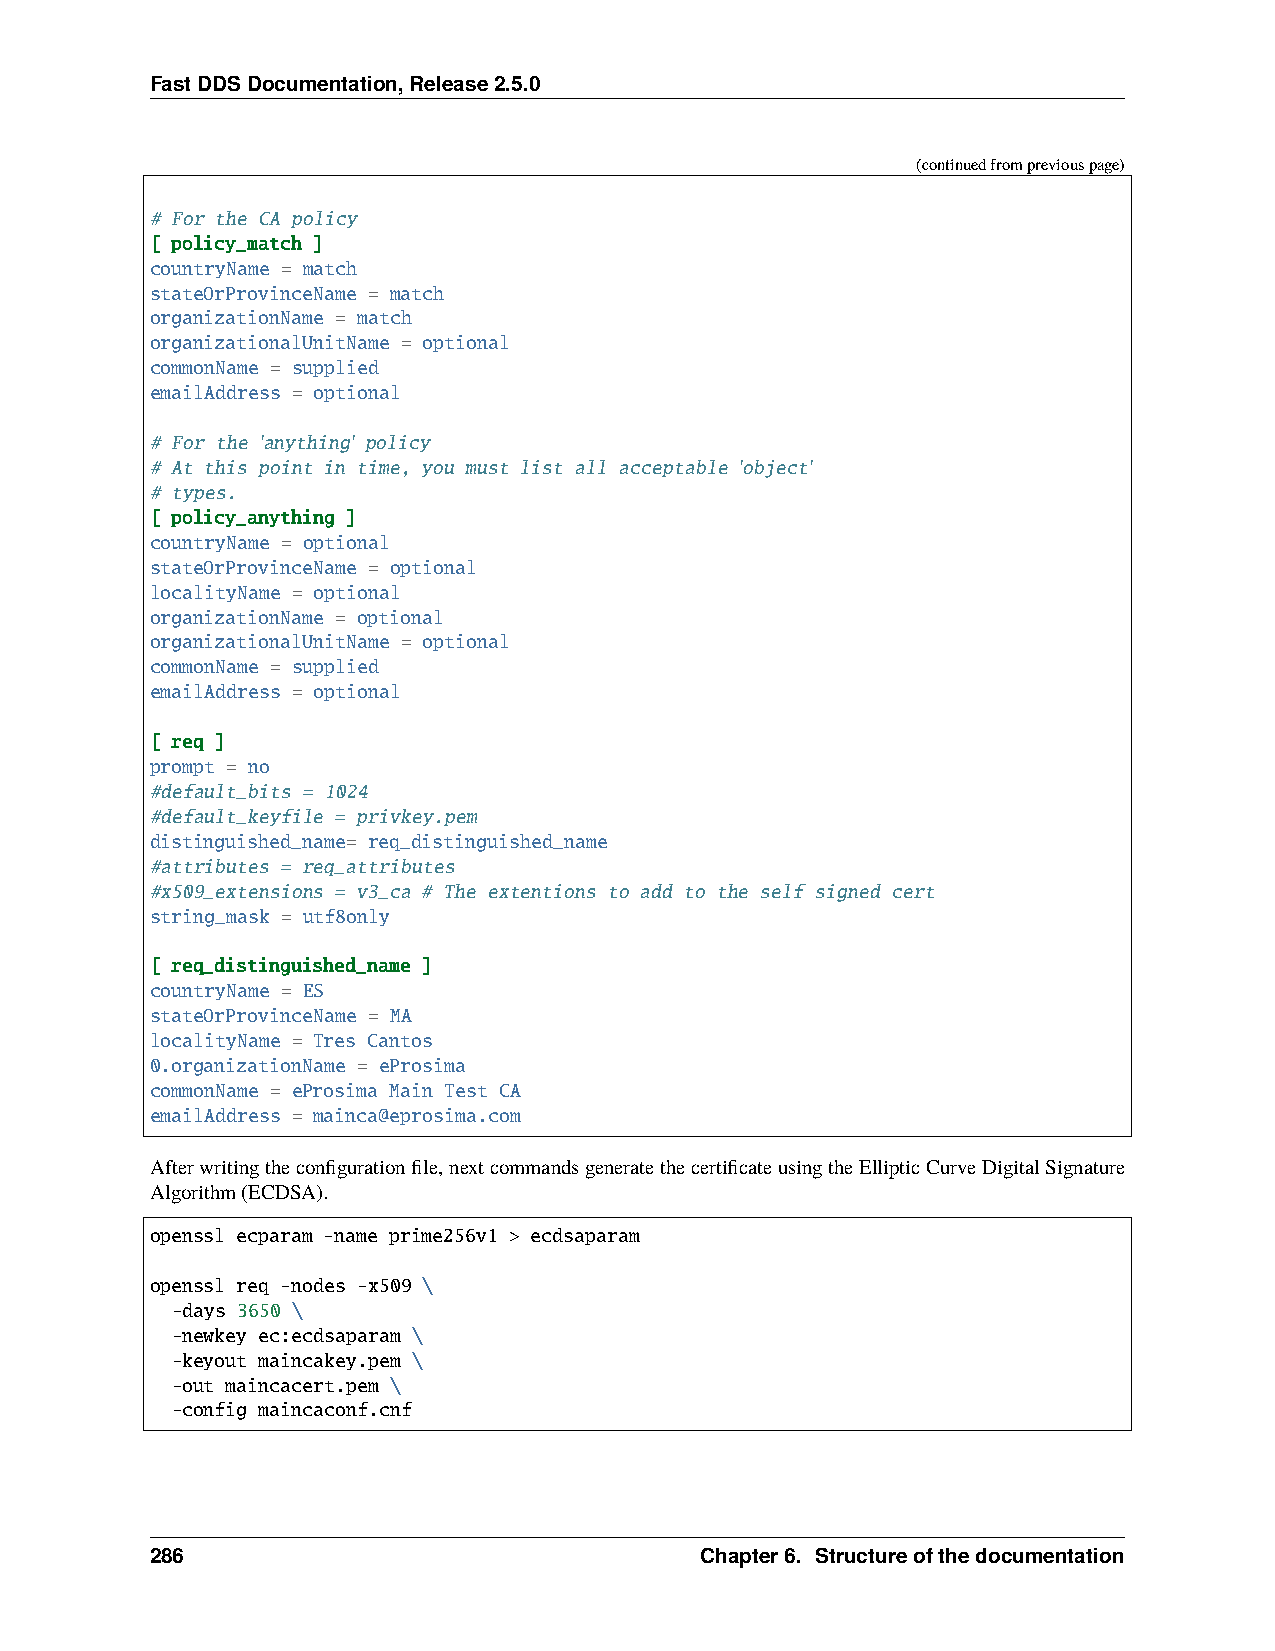
FastDDSDocumentation,Release2.5.0
 (continuedfrompreviouspage)
 # For the CA policy
 [ policy_match ]
 countryName = match
 stateOrProvinceName = match
 organizationName = match
 organizationalUnitName = optional
 commonName = supplied
 emailAddress = optional
 # For the 'anything' policy
 # At this point in time, you must list all acceptable 'object'
 # types.
 [ policy_anything ]
 countryName = optional
 stateOrProvinceName = optional
 localityName = optional
 organizationName = optional
 organizationalUnitName = optional
 commonName = supplied
 emailAddress = optional
 [ req ]
 prompt = no
 #default_bits = 1024
 #default_keyfile = privkey.pem
 distinguished_name= req_distinguished_name
 #attributes = req_attributes
 #x509_extensions = v3_ca # The extentions to add to the self signed cert
 string_mask = utf8only
 [ req_distinguished_name ]
 countryName = ES
 stateOrProvinceName = MA
 localityName = Tres Cantos
 0.organizationName = eProsima
 commonName = eProsima Main Test CA
 emailAddress = mainca@eprosima.com
 Afterwritingtheconfigurationfile,nextcommandsgeneratethecertificateusingtheEllipticCurveDigitalSignature
 Algorithm(ECDSA).
 openssl ecparam -name prime256v1 > ecdsaparam
 openssl req -nodes -x509 \
 -days 3650 \
 -newkey ec:ecdsaparam \
 -keyout maincakey.pem \
 -out maincacert.pem \
 -config maincaconf.cnf
 286                                 Chapter6. Structureofthedocumentation